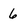
Character: 6